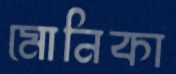
মোনিকা